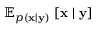
\mathbb { E } _ { p ( \mathbf { x } \mid \mathbf { y } ) } \, \left[ \mathbf { x } \mid \mathbf { y } \right]